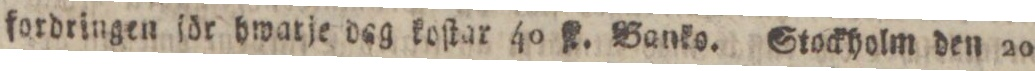
fordringen för hwarje dag koſtar 40 ſk. Banko. Stockholm den 20